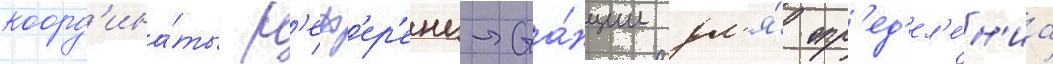
коорд'ина́ты р'еф'ер'енц-ста́нции дл'я́ опр'ед'ел'е́н'иа